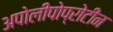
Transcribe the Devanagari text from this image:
अपोलीपोप्रोटीन